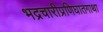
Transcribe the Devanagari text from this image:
भद्रचारीप्रणिघातगाथा